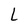
Character: L